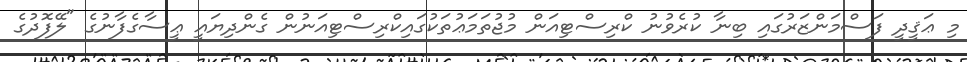
މި ޢަޤީދީ ފަސްމަންޒަރުގައި ބިނާ ކުރެވުނު ކްރިސްޓިއަން މުޖުތަމަޢުތަކުގައިކްރިސްޓިއަނުން ގެންދިޔައީ ޢީސާގެފާނުގެ "ލޭފޮދުގެ